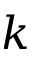
k